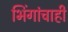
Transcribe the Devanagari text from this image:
भिंगांचाही